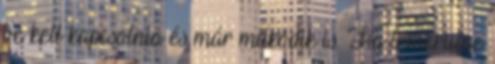
be kell kapcsolnia és már működik is. Ha lemerülne